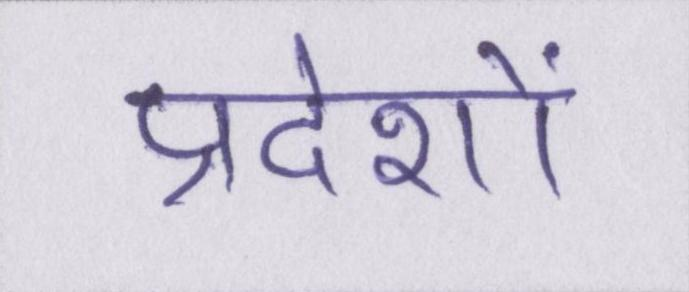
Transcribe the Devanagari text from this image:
प्रदेशों